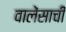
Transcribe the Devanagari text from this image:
वालेंसाची